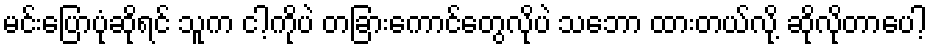
မင်းပြောပုံဆိုရင် သူက ငါ့ကိုပဲ တခြားကောင်တွေလိုပဲ သဘော ထားတယ်လို့ ဆိုလိုတာပေါ့